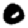
Digit: 0